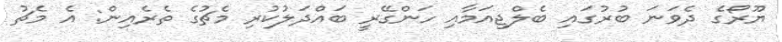
ޔޫރޯގެ ދެވަނަ ބުރުގައި ބެލްޖިއަމާއި ހަންގޭރީ ބައްދަލުކުރި މެޗުގެ ތެރެއިން: އެ މެޗު